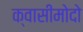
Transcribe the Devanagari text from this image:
क्वासीमोदो